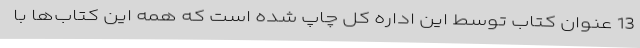
13 عنوان کتاب توسط این اداره کل چاپ شده است که همه این کتاب‌ها با